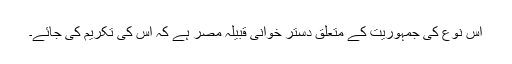
اس نوع کی جمہوریت کے متعلق دستر خوانی قبیلہ مُصر ہے کہ اس کی تکریم کی جائے۔